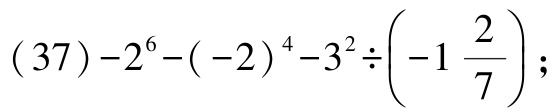
\((37)-2^{6}-(-2)^{4}-3^{2}\div\left(-1\frac{2}{7}\right);\)